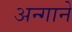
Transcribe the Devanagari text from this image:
अन्गाने